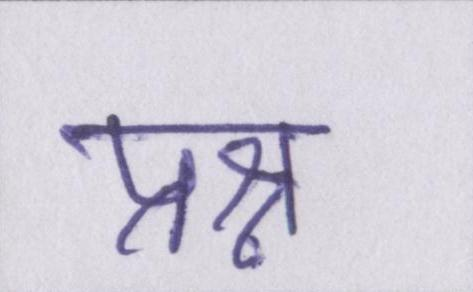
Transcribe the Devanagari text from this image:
प्रश्न